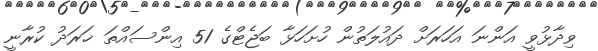
ވިދާޅުވީ އަންނަ އަހަރަށް ދައުލަތުން ހުށަހަޅާ ބަޖެޓްގެ 51 އިންސައްތަ ޚަރަދު ކުރާނީ